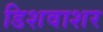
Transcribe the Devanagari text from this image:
डिशवाशर